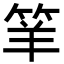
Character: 𥬴